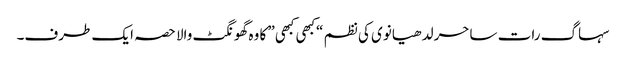
سہاگ رات ساحر لدھیانوی کی نظم “کبھی کبھی” کا وہ گھونگٹ والا حصہ ایک طرف۔